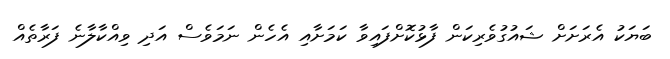
ބަޔަކު އެރަށަށް ޝައުގުވެރިކަން ފާޅުކޮށްފައިވާ ކަމަށާއި އެހެން ނަމަވެސް އަދި ވިއްކާލާނެ ފަރާތެއް